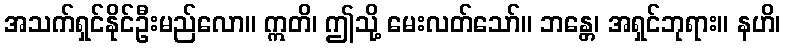
အသက်ရှင်နိုင်ဦးမည်လော။ ဣတိ၊ ဤသို့ မေးလတ်သော်။ ဘန္တေ၊ အရှင်ဘုရား။ နဟိ၊